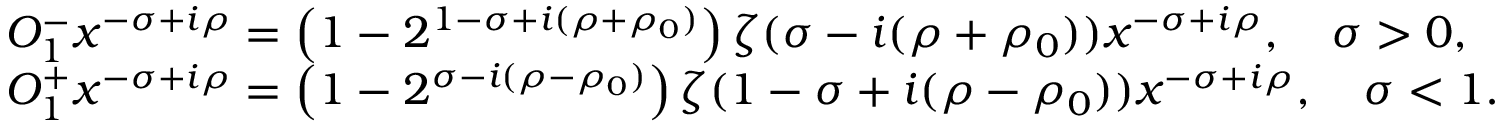
\begin{array} { r l } & { O _ { 1 } ^ { - } x ^ { - \sigma + i \rho } = \left( 1 - 2 ^ { 1 - \sigma + i ( \rho + \rho _ { 0 } ) } \right) \zeta ( \sigma - i ( \rho + \rho _ { 0 } ) ) x ^ { - \sigma + i \rho } , \quad \sigma > 0 , } \\ & { O _ { 1 } ^ { + } x ^ { - \sigma + i \rho } = \left( 1 - 2 ^ { \sigma - i ( \rho - \rho _ { 0 } ) } \right) \zeta ( 1 - \sigma + i ( \rho - \rho _ { 0 } ) ) x ^ { - \sigma + i \rho } , \quad \sigma < 1 . } \end{array}